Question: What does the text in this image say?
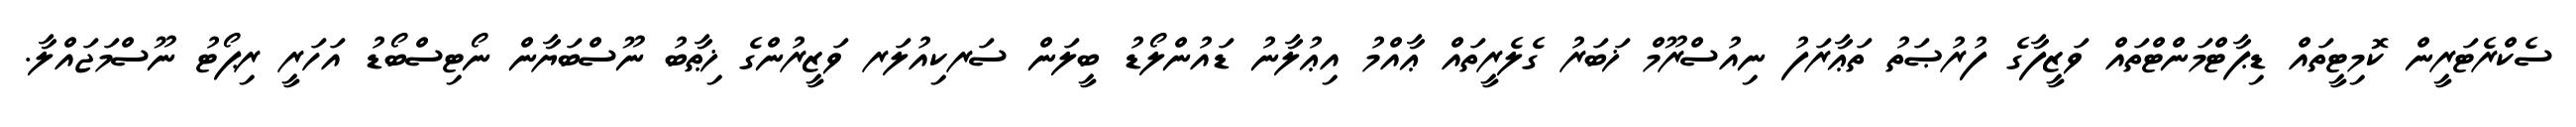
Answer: ސެކްރެޓަރީން ކޮމިޓީތައް ޑިޕާޓްމަންޓްތައް ވަޒީފާގެ ފުރުޞަތު ތަޢާރަފު ނިއުސްރޫމް ޚަބަރު ގެލެރީތައް ޢާއްމު އިޢުލާނު ޑައުންލޯޑު ބީލަން ސަރކިއުލަރ ވަޒީރުންގެ ޚިޠާބު ނޫސްބަޔާން ނޯޓިސްބޯޑު އަހަރީ ރިޕޯޓު ނޫސްމަޖައްލާ.